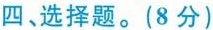
四、选择题。(8分)